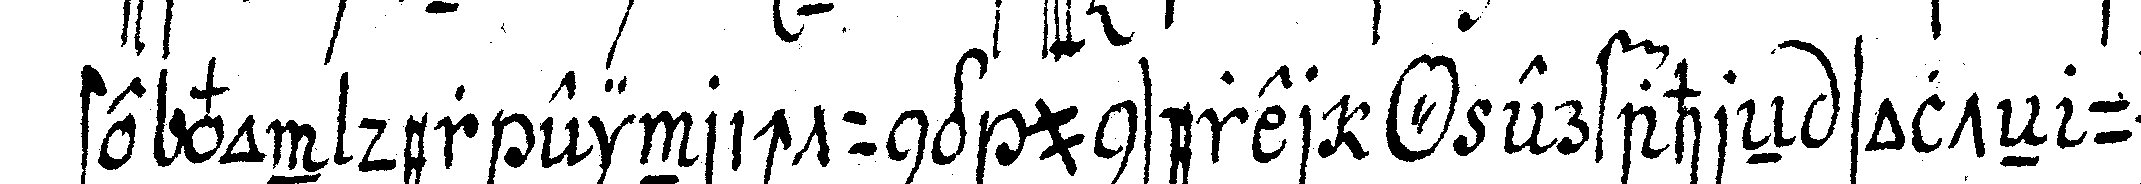
ste von der einrichtung unserer *o* erfahreN solteN um